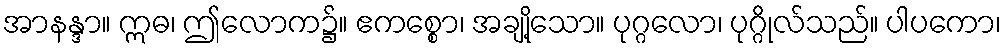
အာနန္ဒာ။ ဣဓ၊ ဤလောက၌။ ဧကစ္စော၊ အချို့သော။ ပုဂ္ဂလော၊ ပုဂ္ဂိုလ်သည်။ ပါပကော၊